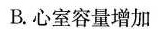
B.心室容量增加